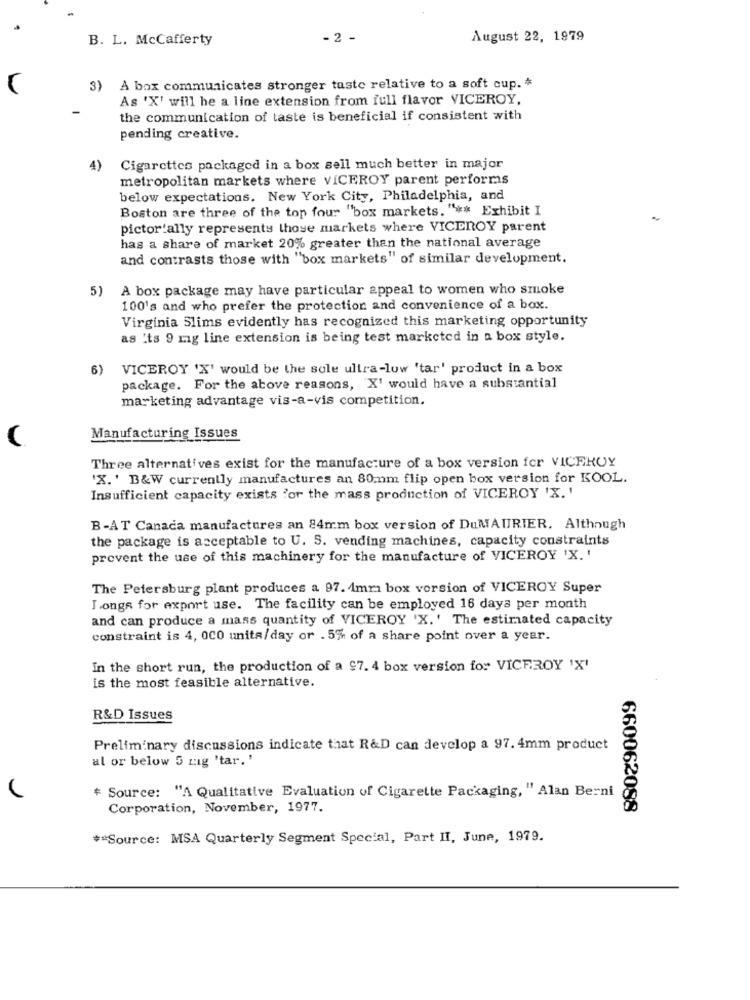
B. L. McCafferty
- 2 -
August 22, 1979
3)
À box communicates stronger taste relative to a soft cup. *
As 'X' will he a line extension from full flavor VICEROY,
the communication of taste is beneficial if consistent with
pending creative.
4)
Cigarettes packaged in a box sell much better in major
metropolitan markets where VICEROY parent performs
below expectations. New York City, Philadelphia, and
Boston are three of the top four "box markets. " ** Exhibit I
pictor ally represents those markets where VICEROY parent
has a share of market 20% greater than the national average
and contrasts those with "box markets" of similar development.
5)
A box package may have particular appeal to women who smoke
100's and who prefer the protection and convenience of a box.
Virginia Slims evidently has recognized this marketing opportunity
as Its 9 mig line extension is being test marketed in a box style.
6)
VICEROY 'X' would be the sole ultra-low 'tar' product in a box
package. For the above reasons, 'X' would have a substantial
marketing advantage vis-a-vis competition.
(
Manufacturing Issues
Three alternatives exist for the manufacture of a box version for VICEROY
'X. ' B&W currently manufactures an 80mm flip open box version for KOOL.
Insufficient capacity exists for the mass production of VICEROY 'X. '
B-AT Canada manufactures an 84mm box version of DuMAURIER. Although
the package is acceptable to U. S. vending machines, capacity constraints
prevent the use of this machinery for the manufacture of VICEROY 'X.'
The Petersburg plant produces a 97. 4mm box version of VICEROY Super
Jonge for export use. The facility can be employed 16 days per month
and can produce a mass quantity of VICEROY 'X.' The estimated capacity
constraint is 4, 000 units/day or .5% of a share point over a year.
In the short run, the production of a 97. 4 box version for VICEROY 'X'
is the most feasible alternative.
R&D Issues
Preliminary discussions indicate that R&D can develop a 97. 4mm product
al or below 5 rig 'tar.'
* Source: "A Qualitative Evaluation of Cigarette Packaging, " Alan Berni
Corporation, November, 1977.
660062088
** Source: MSA Quarterly Segment Special, Part II, June, 1979.